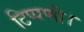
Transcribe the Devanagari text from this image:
टिप्पणी।